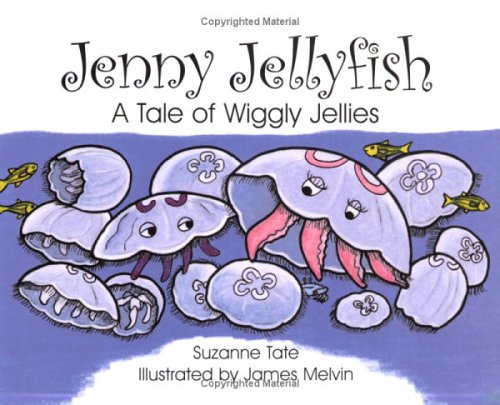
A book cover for Jenny Jellyfish: A Tale of Wiggly Jellies (No. 23 in Suzanne Tate's Nature Series); Suzanne Tate; Children's Books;